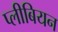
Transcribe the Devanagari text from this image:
प्लीबियन